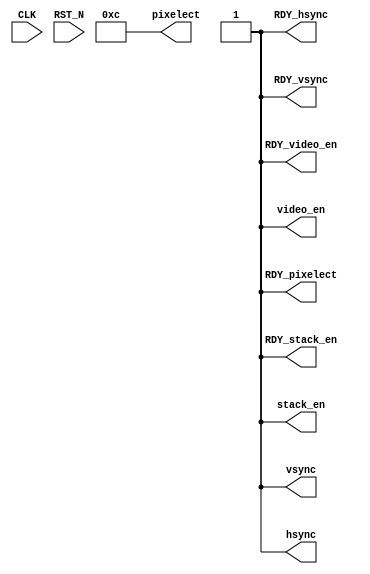
module mkVgaSync(CLK,
		 RST_N,

		 pixelect,
		 RDY_pixelect,

		 hsync,
		 RDY_hsync,

		 vsync,
		 RDY_vsync,

		 video_en,
		 RDY_video_en,

		 stack_en,
		 RDY_stack_en);
  input  CLK;
  input  RST_N;

  // value method pixelect
  output [16 : 0] pixelect;
  output RDY_pixelect;

  // value method hsync
  output hsync;
  output RDY_hsync;

  // value method vsync
  output vsync;
  output RDY_vsync;

  // value method video_en
  output video_en;
  output RDY_video_en;

  // value method stack_en
  output stack_en;
  output RDY_stack_en;

  // signals for module outputs
  wire [16 : 0] pixelect;
  wire RDY_hsync,
       RDY_pixelect,
       RDY_stack_en,
       RDY_video_en,
       RDY_vsync,
       hsync,
       stack_en,
       video_en,
       vsync;

  // value method pixelect
  assign pixelect = 17'd12 ;
  assign RDY_pixelect = 1'd1 ;

  // value method hsync
  assign hsync = 1'd1 ;
  assign RDY_hsync = 1'd1 ;

  // value method vsync
  assign vsync = 1'd1 ;
  assign RDY_vsync = 1'd1 ;

  // value method video_en
  assign video_en = 1'd1 ;
  assign RDY_video_en = 1'd1 ;

  // value method stack_en
  assign stack_en = 1'd1 ;
  assign RDY_stack_en = 1'd1 ;
endmodule